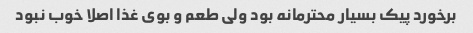
برخورد پیک بسیار محترمانه بود ولی طعم و بوی غذا اصلا خوب نبود